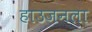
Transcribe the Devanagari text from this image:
हाउजनला